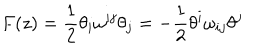
F ( z ) = \frac 1 2 \theta _ { i } \omega ^ { i j } \theta _ { j } = - \frac 1 2 \theta ^ { i } \omega _ { i j } \theta ^ { j }